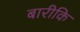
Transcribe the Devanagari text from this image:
बारीकि